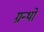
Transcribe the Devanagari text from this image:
ग्रन्थाें